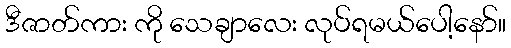
ဒီဇာတ်ကား ကို သေချာလေး လုပ်ရမယ်ပေါ့နော်။